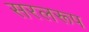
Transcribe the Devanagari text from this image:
सरलरूप